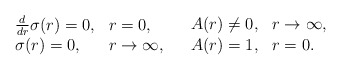
\begin{align*}\begin{array}{ll}\begin{array}{ll}\frac{d}{d r}\sigma(r) = 0, &r=0, \\\sigma(r) = 0, & r \rightarrow \infty, \end{array} &\begin{array}{ll}A(r) \neq 0, & r \rightarrow\infty, \\A(r) = 1, & r = 0.\end{array}\end{array}\end{align*}